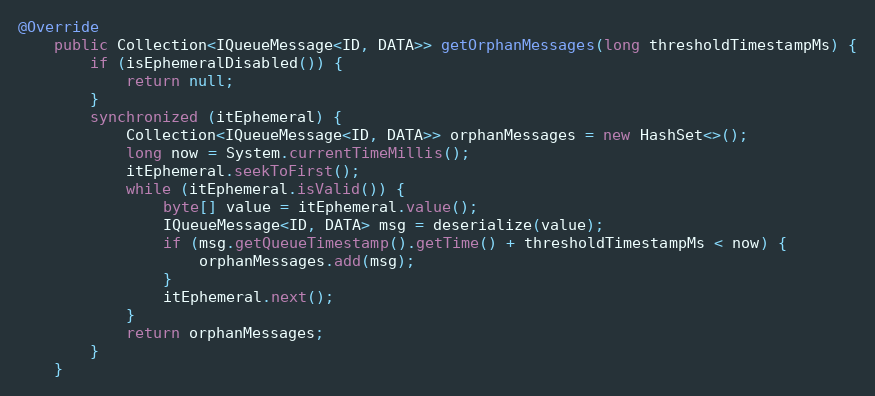
Language: Java
@Override
    public Collection<IQueueMessage<ID, DATA>> getOrphanMessages(long thresholdTimestampMs) {
        if (isEphemeralDisabled()) {
            return null;
        }
        synchronized (itEphemeral) {
            Collection<IQueueMessage<ID, DATA>> orphanMessages = new HashSet<>();
            long now = System.currentTimeMillis();
            itEphemeral.seekToFirst();
            while (itEphemeral.isValid()) {
                byte[] value = itEphemeral.value();
                IQueueMessage<ID, DATA> msg = deserialize(value);
                if (msg.getQueueTimestamp().getTime() + thresholdTimestampMs < now) {
                    orphanMessages.add(msg);
                }
                itEphemeral.next();
            }
            return orphanMessages;
        }
    }